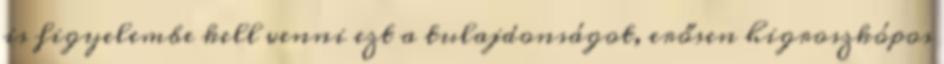
is figyelembe kell venni ezt a tulajdonságot, erősen higroszkópos